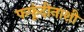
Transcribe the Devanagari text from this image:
फफूंदीनाशी